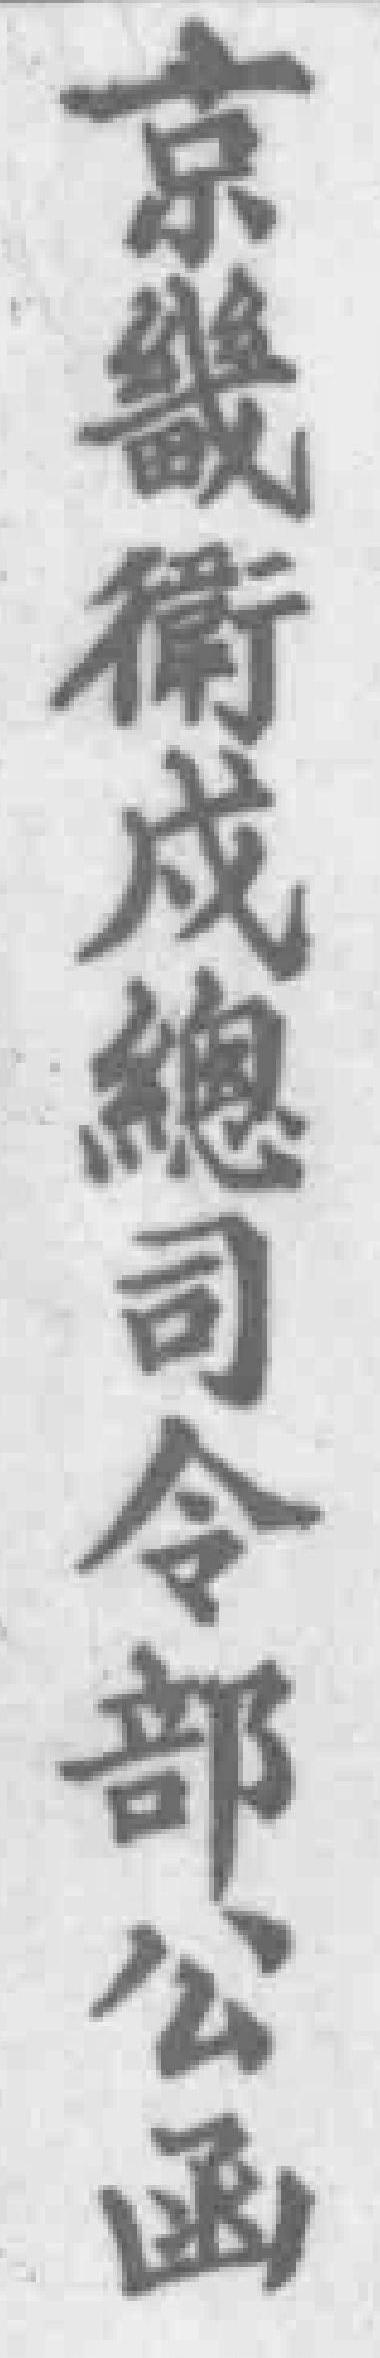
京畿衛戍總司令部公函